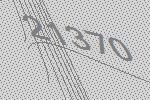
21370